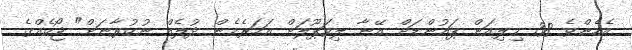
އެހެންވެ 38 މިލިއަން ޕައުންޑަށް އޭނާ ލިވަޕޫލަށް އަހަރެމެން ދުލެއް ނުކުރާނަށް" ޖޯކެއްގެ